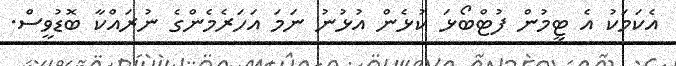
އެކަމަކު އެ ޓީމުން ފުޓްބޯޅަ ކުޅެން އުޅުނު ނަމަ އަހަރެމެންގެ ނުރައްކާ ބޮޑުވީސް.